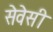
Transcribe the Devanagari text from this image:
सेवेसी